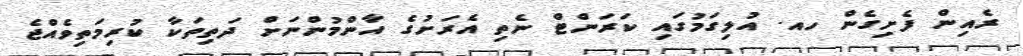
ރެއިން ފެށިގެން ހއ. އުލިގަމުގައި ކަރަންޓް ނެތި އެރަށުގެ އާންމުންނަށް ދަތިތަކާ ކުރިމަތިވެއްޖެ